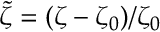
\tilde { \zeta } = ( \zeta - \zeta _ { 0 } ) / \zeta _ { 0 }